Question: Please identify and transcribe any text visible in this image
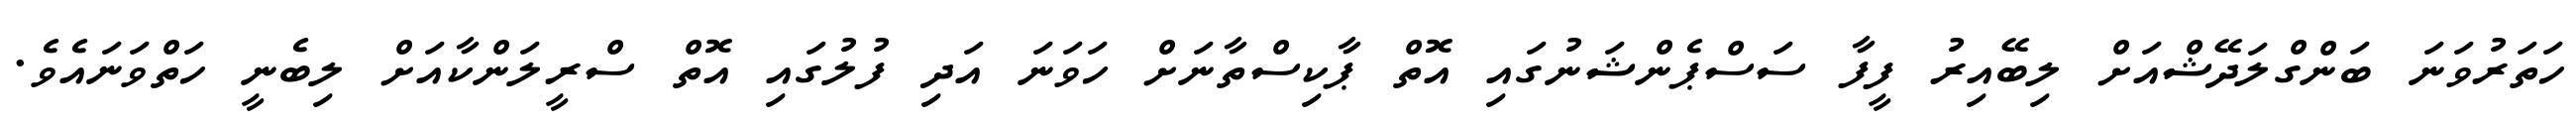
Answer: ހަތަރުވަނަ ބަންގްލަދޭޝްއަށް ލިބޭއިރު ފީފާ ސަސްޕެންޝަނުގައި އޮތް ޕާކިސްތާނަށް ހަވަނަ އަދި ފުލުގައި އޮތް ސްރީލަންކާއަށް ލިބެނީ ހަތްވަނައެވެ.